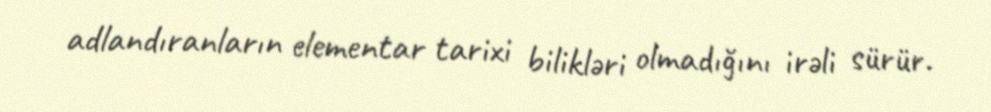
adlandıranların elementar tarixi bilikləri olmadığını irəli sürür.